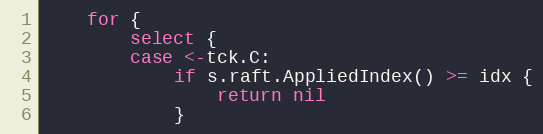
Language: Go
	for {
		select {
		case <-tck.C:
			if s.raft.AppliedIndex() >= idx {
				return nil
			}